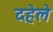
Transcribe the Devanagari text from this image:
दहेले